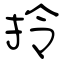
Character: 拎